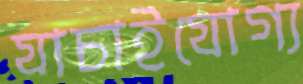
যাচাইযোগ্য